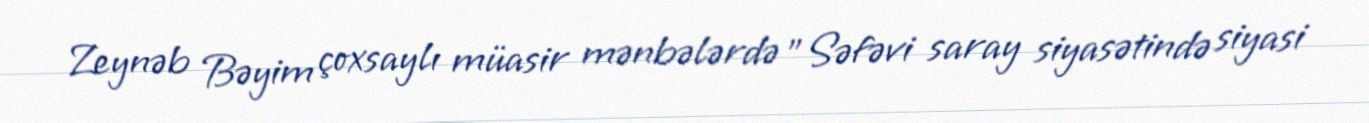
Zeynəb Bəyim çoxsaylı müasir mənbələrdə "Səfəvi saray siyasətində siyasi